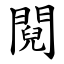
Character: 䦧